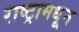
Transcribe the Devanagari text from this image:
राष्ट्रामधून